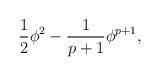
LaTeX: \begin{align*}\frac{1}{2}\phi^2-\frac{1}{p+1}\phi^{p+1},\end{align*}